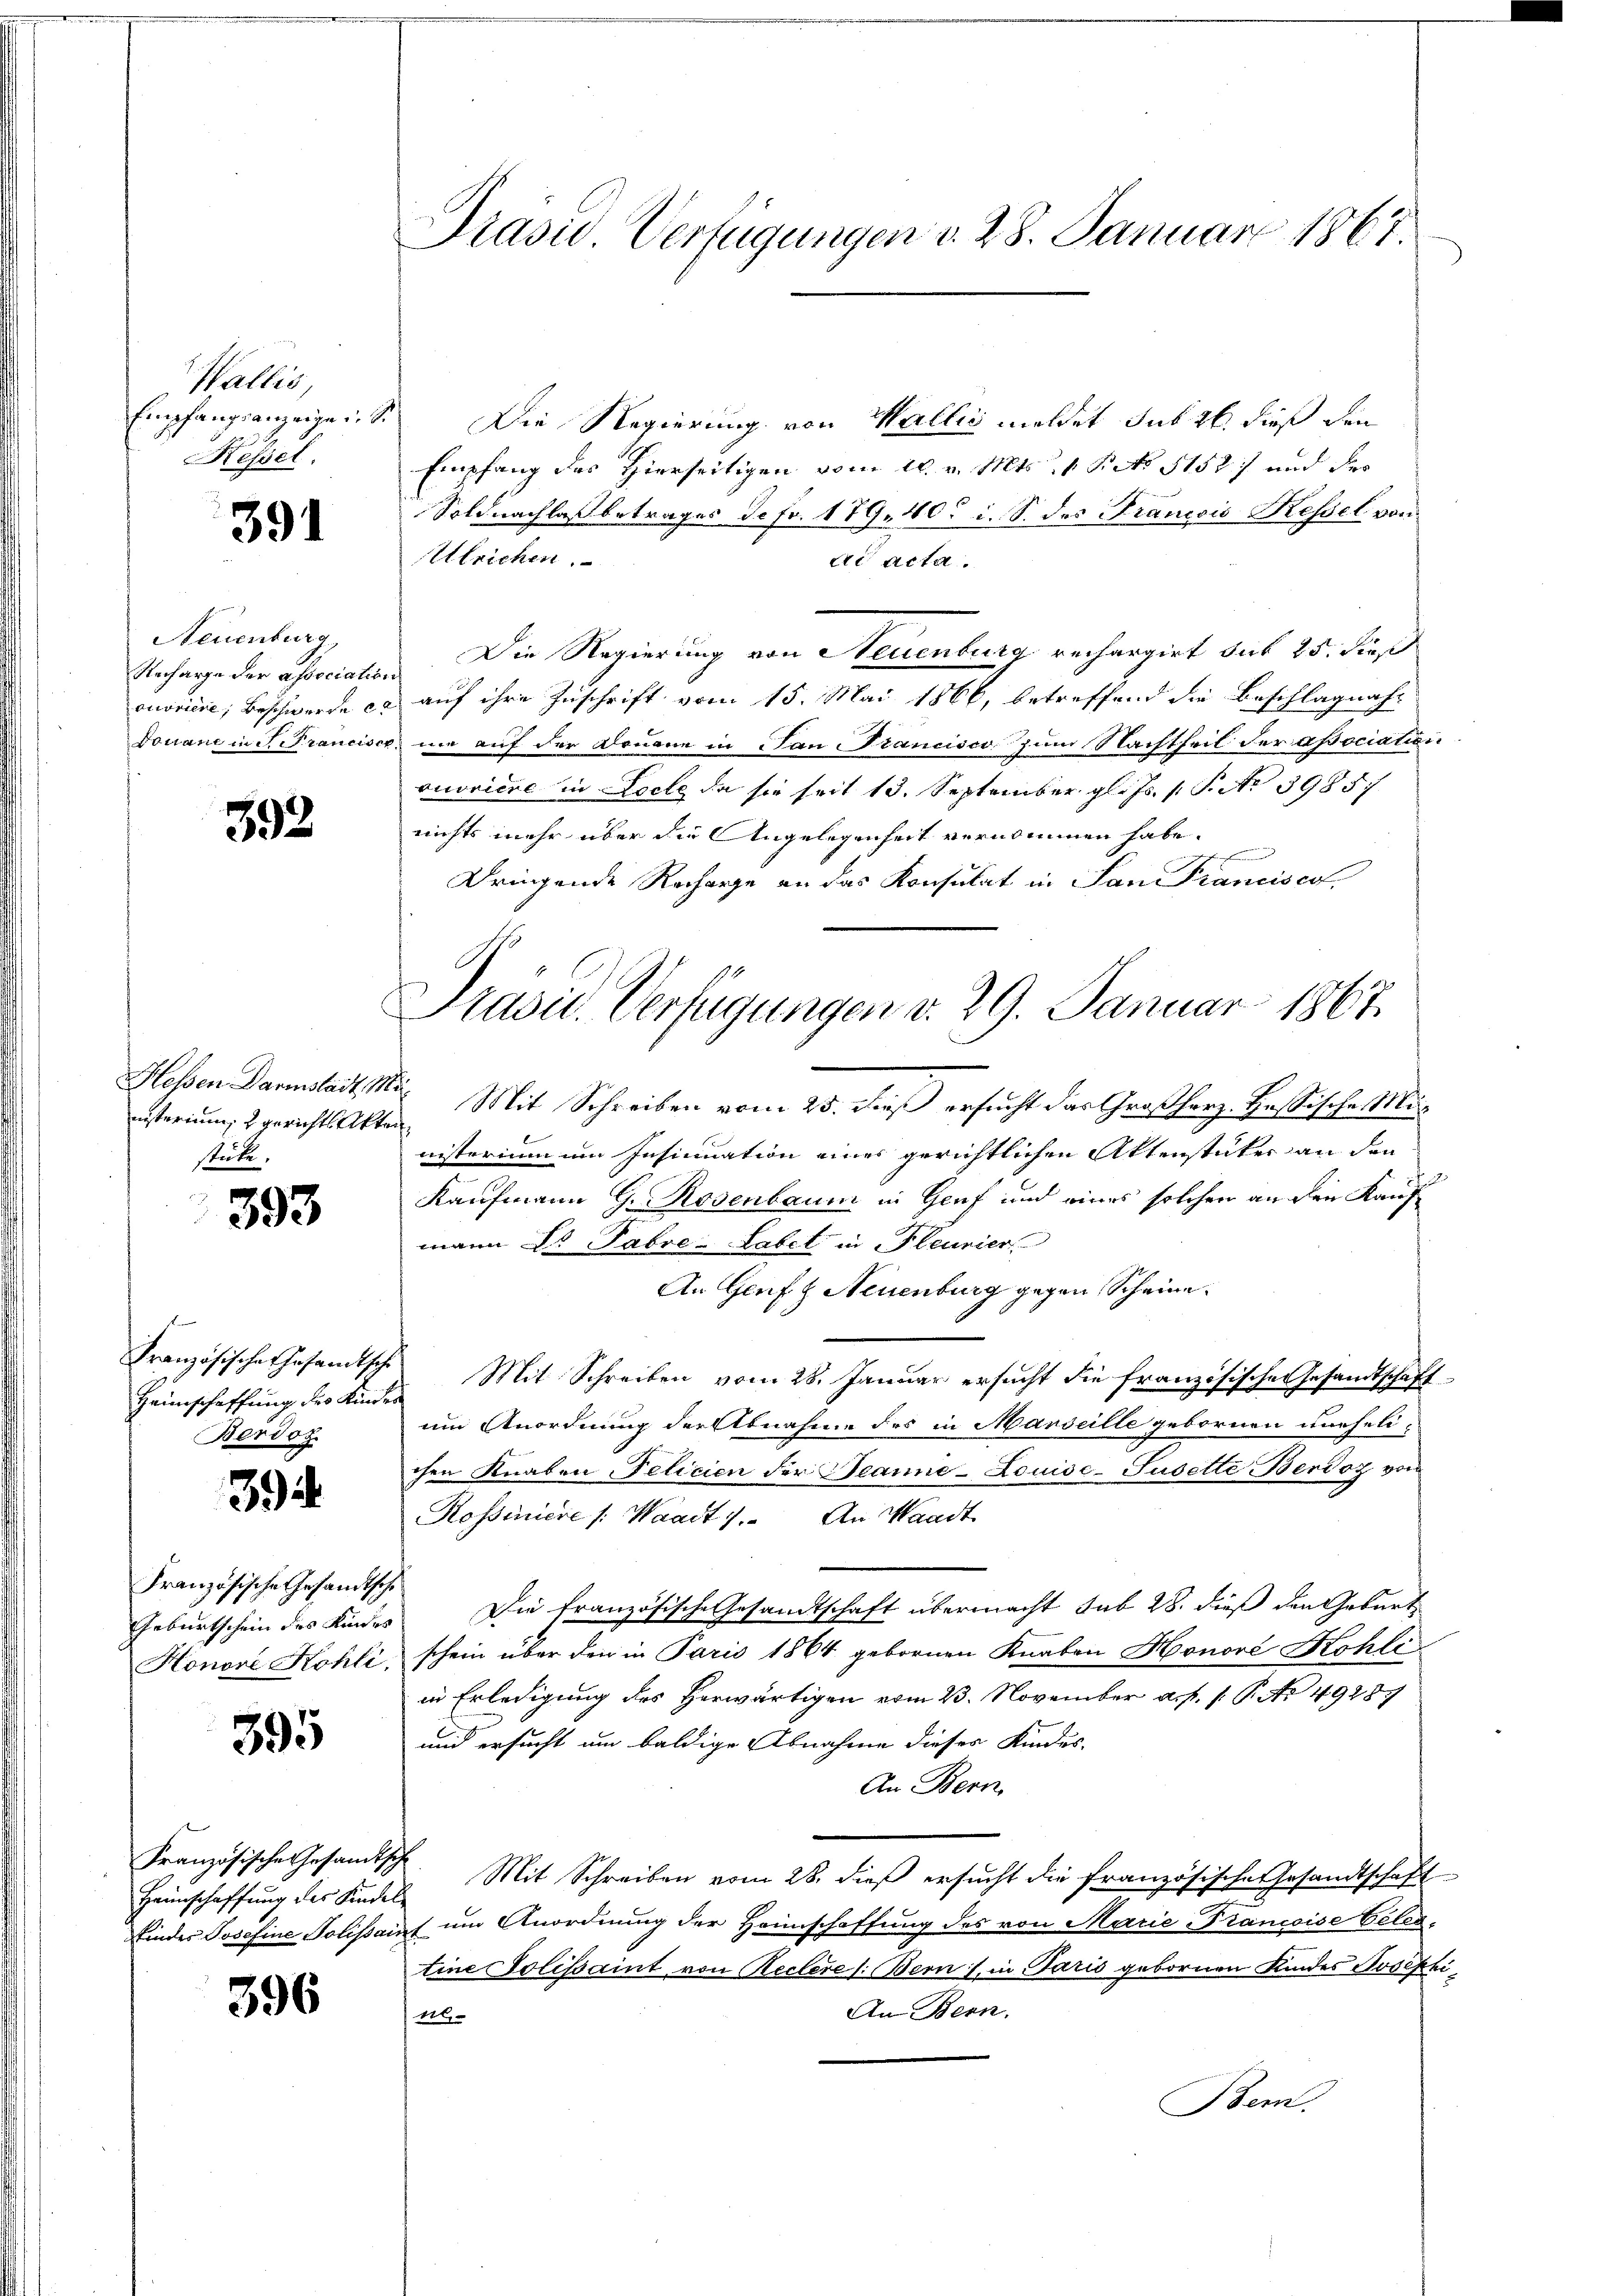
Wallis,
Empfangsanzeigen
Kessel.

391

Neuenburg
Recharge der associatio
ouvriere, Beschwerde e
Douane in Francis

392

Hessen Darmstadt M.
inisterium, 2 gerichts Akten
stücke,

393

Französische Ehrsandtsche
Heimschaffung des Kindes
Berdoz

394

Französische Gesandtsch
Geburtschein des Kindes
Honore Hohli.

395

Französische Gesandtsch
Heimschaffung des Kindel
findes Josefine Polissair

396

Präsid Verfügungen d. 28. Januar 1867

Die Regierung von Wallis meldet sub 26. dieß den
Empfang des Hierseitigen vom 16. v. Mts. 1 Pct. 1152) und der
Soldnachlaß betrages Jefr. 179. 40. i. S. des Francis Kessel von
Ulrichen.
ad acta.
Die Regierung von Neuenburg rechargirt sub 25. dies
auf ihre Zuschrift vom 15. Mai 1866, betreffend die Beschlagnah-
mie auf der Donaue in San Francisco zum Nachtheil der apociation
ouvriere in Loche da sie seit 13. September gl. Js. (T. No 39857
nichts mehr über die Angelegenheit vernommen habe.
e
Dringende Recharge an das Konsulat in Sand Prancisco,
e. Mit Schreiben vom 25. dieß ersucht das Großherz. Hassische Ministerium um Insinuation eines gerichtlichen Aktenstücker an den
Kaufmann G. Rosenbaum in Genf und eines solchen an den Kauf
mann es Fabre-Labet in Pleunier
An Genf & Neuenburg gegen Scheine
Mit Schreiben vom 28. Januar ersucht die französischen Gesandtschaft
um Anordnung der Abnahme des in Marseille gebornen uneheli-
chen Knaben Pelicien der Jeanne-Louise-Jusette Berdoz von
Rossiniere /: Waadt 1. An Waadt
Die französische Gesandtschaft übermacht sub 28. dieß den Geburt
schein über den in Paris 1864 gebornen Knaben Honoré Kohli
in Erledigung des herwärtigen vom 23. November a. p. 1. P. Nr. 49289
und ersucht um baldige Abnahme dieses Kindes-
An Bern
 Mit Schreiben vom 28. dieβ ersŭcht die französische Gesandtschaft
es um Anordnung der Heimschaffung des von Marie Francoise Gelegtine Tolissaint von Reclere 1: Bern s. in Paris gebornen Kindes Josephi¬
An Bern.
n
Bern.

Prasil. Verfügungen d. 29. Januar 1867.